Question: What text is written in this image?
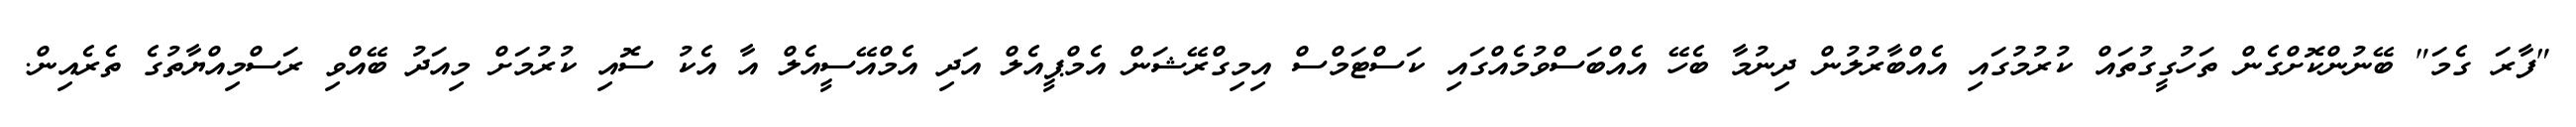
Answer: "ފާރަ ގެމަ" ބޭނުންކޮށްގެން ތަހުގީގުތައް ކުރުމުގައި އެއްބާރުލުން ދިނުމާ ބެހޭ އެއްބަސްވުމެއްގައި ކަސްޓަމްސް އިމިގްރޭޝަން އެމްޕީއެލް އަދި އެމްއޭސީއެލް އާ އެކު ސޮއި ކުރުމަށް މިއަދު ބޭއްވި ރަސްމިއްޔާތުގެ ތެރެއިން.